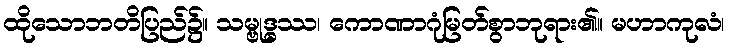
ထိုသောဘတိပြည်၌။ သမ္ဗုဒ္ဓဿ၊ ကောဏာဂုံမြတ်စွာဘုရား၏။ မဟာကုလံ၊